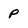
Character: P